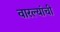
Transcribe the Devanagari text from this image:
वारल्यांची